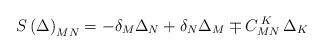
LaTeX: \begin{align*}S\left( \Delta \right) _{MN}=-\delta _M\Delta _N+\delta _N\Delta_M\mp C_{MN}^{\;K}\,\Delta _K\;\;\end{align*}